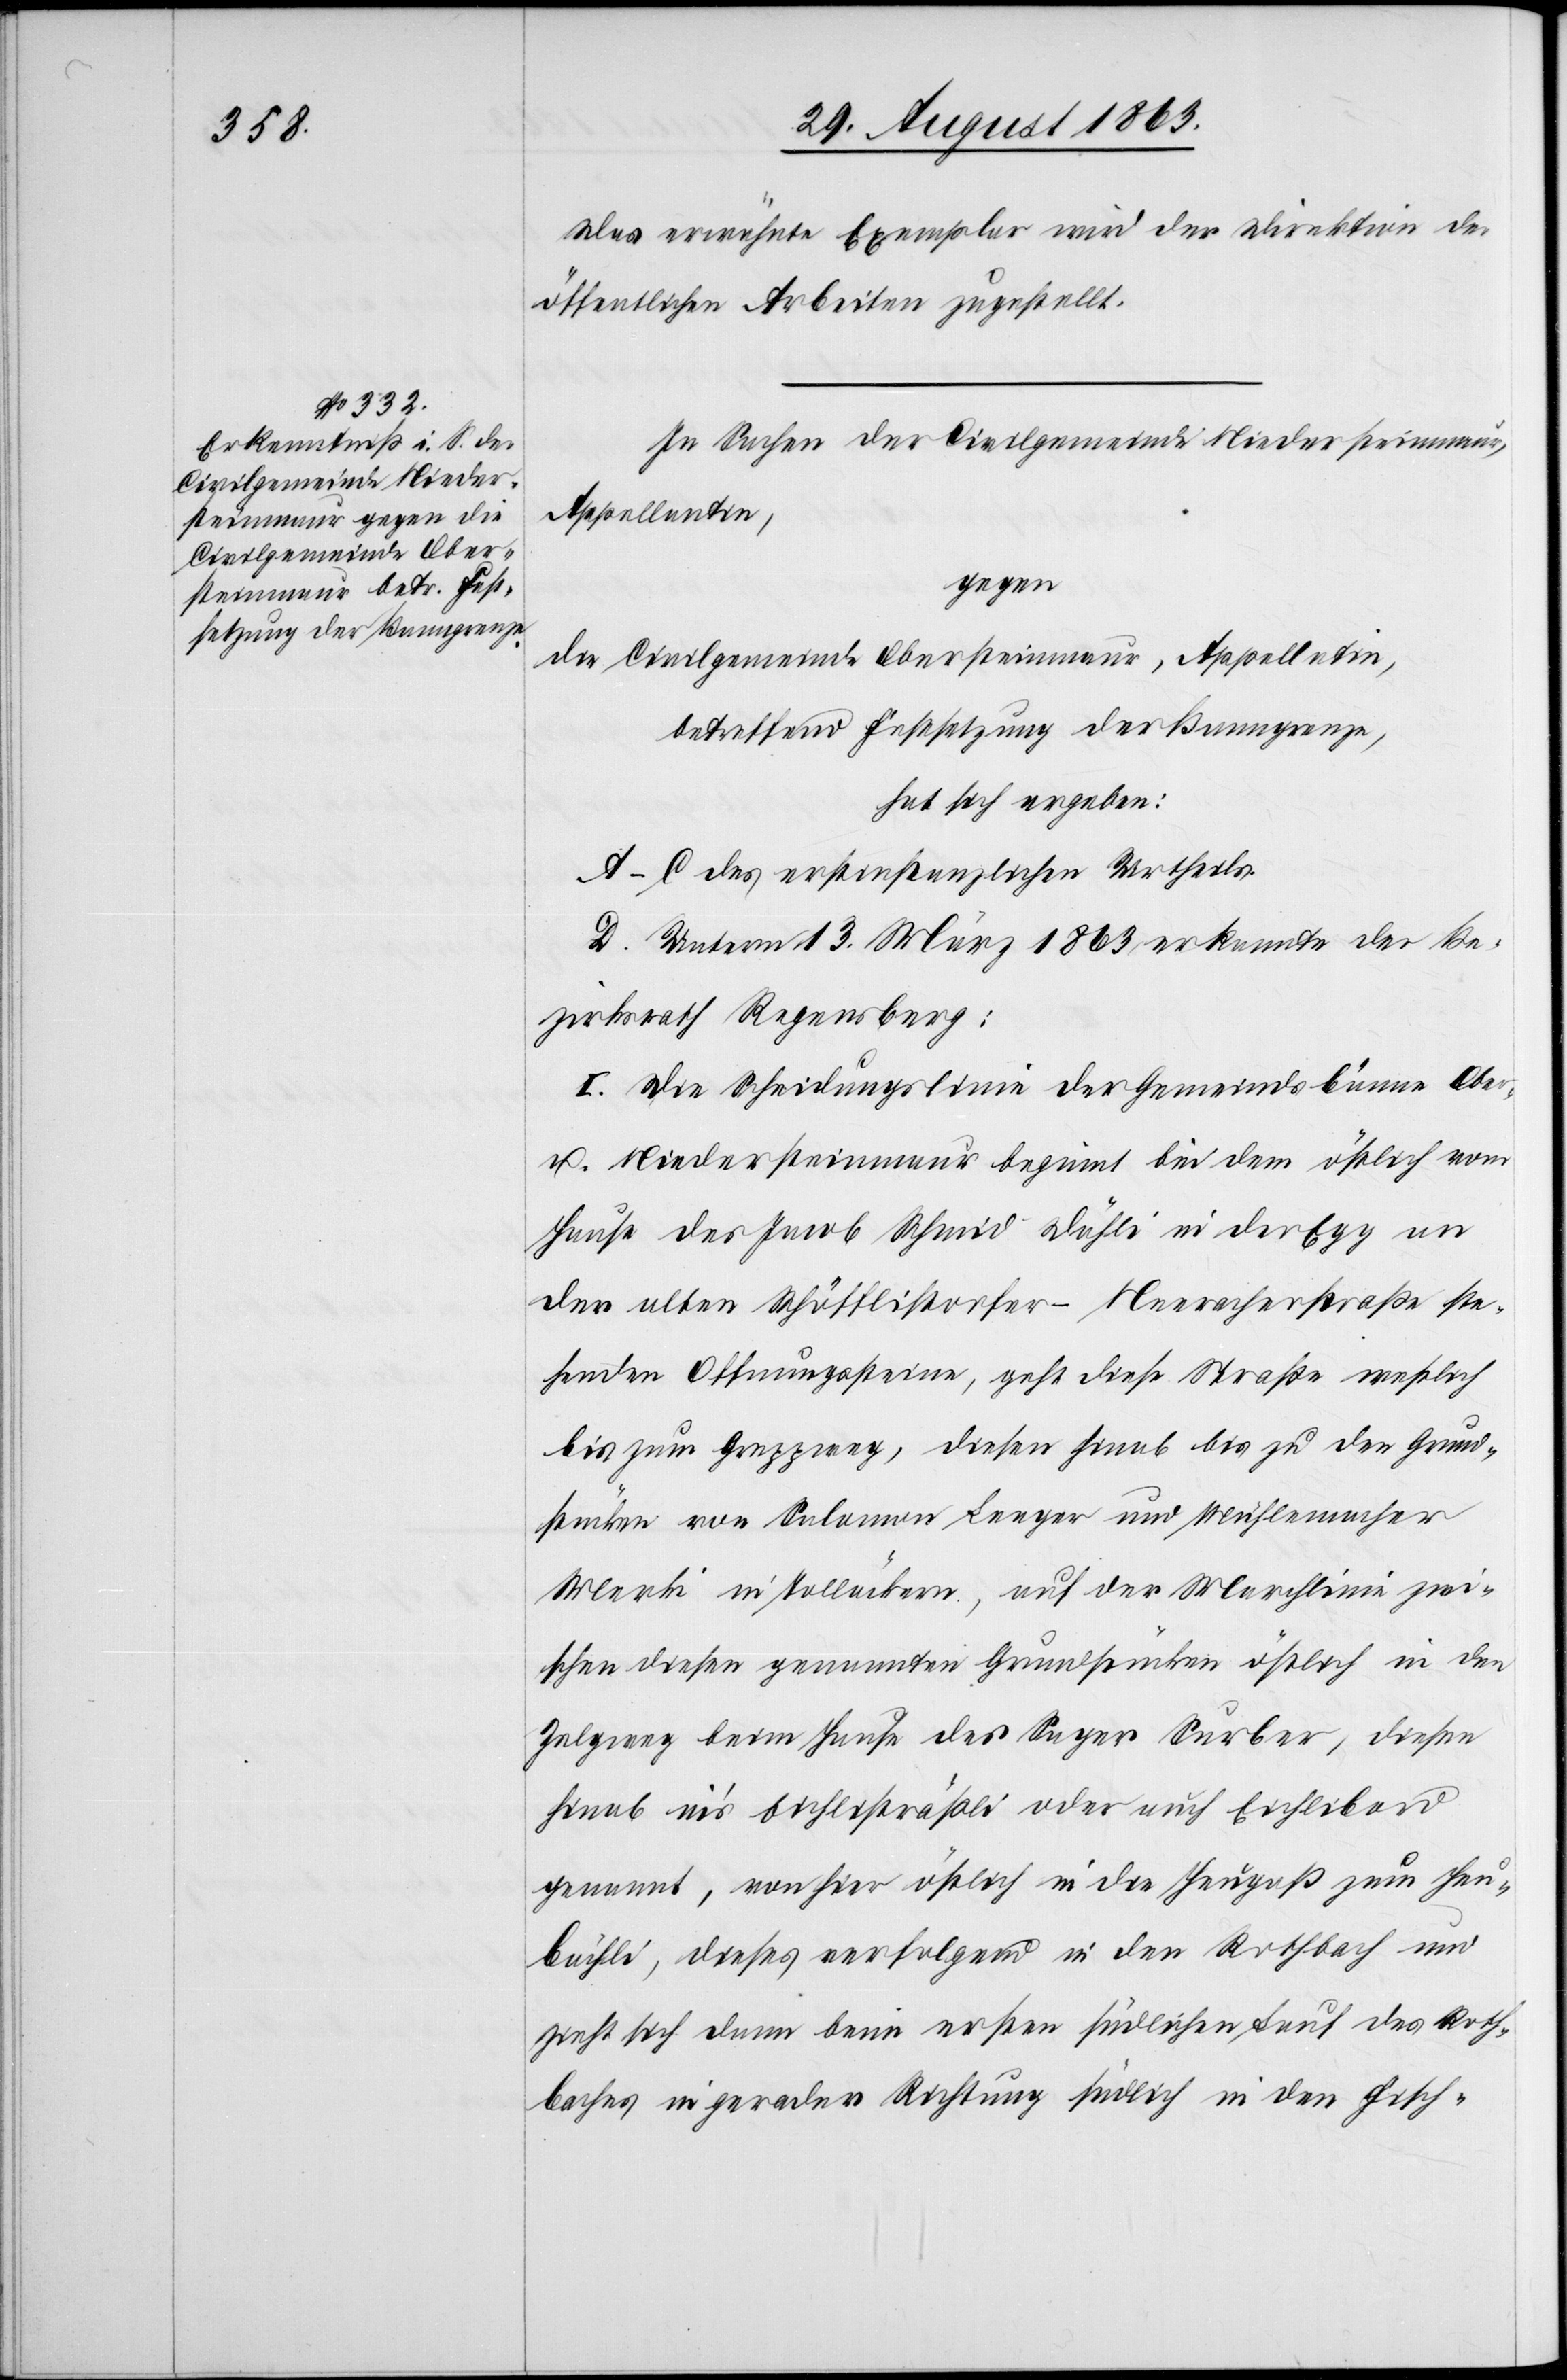
Das erwähnte Exemplar wird der Direktion der
öffentlichen Arbeiten zugestellt.
In Sachen der Civilgemeinde Niedersteinmaur,
Appellantin,
gegen
die Civilgemeinde Obersteinmaur, Appellatin,
betreffend Festsetzung der Banngrenze,
hat sich ergeben:
A–C des erstinstanzlichen Urtheils.
D. Unterm 13. März 1863 erkannte der Be¬
zirksrath Regensberg:
I. Die Scheidungslinie der Gemeindsbänne Ober-
u. Niedersteinmaur beginnt bei dem östlich vom
Hause des Jacob Schmid Dähli in der Egg an
der alten Schöfflistorfer-Neeracherstraße ste¬
henden Offnungssteine, geht diese Straße westlich
bis zum Greppweg, diesen hinab bis zu den Grund¬
stücken von Salomon Leeger und Mühlemacher
Merki in Tolläckern, auf der Marchlinie zwi¬
schen diesen genannten Grundstücken östlich in den
Zelgweg beim Hause des Sager Surber, diesen
hinab in's Eichlisträßli oder auch Eichlibord
genannt, von hier östlich in die Heugaß zum Heu¬
bächli, dieses verfolgend in den Rothbach und
zieht sich dann beim ersten südlichen Lauf des Roth¬
baches in gerader Richtung südlich in den Fisch-